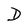
Character: D